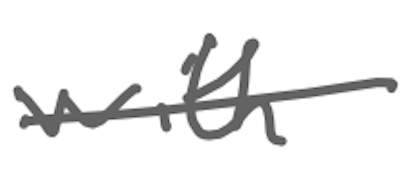
Text: with
Cross-out: single-line
Writing tool: digital_gray